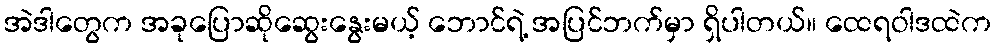
အဲဒါတွေက အခုပြောဆိုဆွေးနွေးမယ့် ဘောင်ရဲ့ အပြင်ဘက်မှာ ရှိပါတယ်။ ထေရဝါဒထဲက